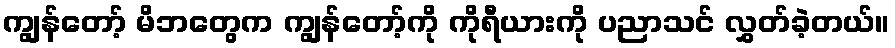
ကျွန်တော့် မိဘတွေက ကျွန်တော့်ကို ကိုရီယားကို ပညာသင် လွှတ်ခဲ့တယ်။